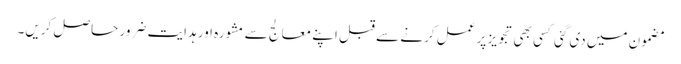
مضمون میں دی گئی کسی بھی تجویز پر عمل کرنے سے قبل اپنے معالج سے مشورہ اور ہدایت ضرور حاصل کریں۔